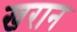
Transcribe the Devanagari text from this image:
खरान